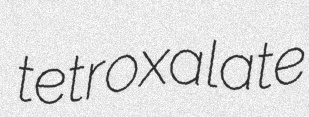
tetroxalate